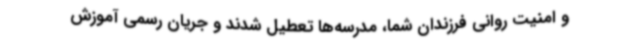
و امنیت روانی فرزندان شما، مدرسه‌ها تعطیل شدند و جریان رسمی آموزش